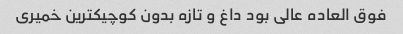
فوق العاده عالی بود داغ و تازه بدون کوچیکترین خمیری